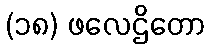
(၁၈) ဖလေဌိတော